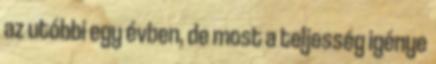
az utóbbi egy évben, de most a teljesség igénye